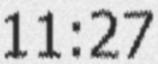
11:27